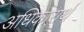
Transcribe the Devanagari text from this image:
अधिकारार्थ